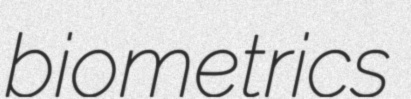
biometrics